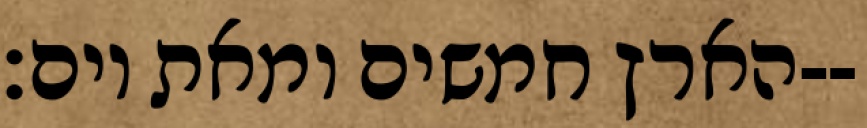
הארץ חמשים ומאת יום׃--